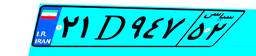
۲۱D۹۴۷۵۲